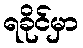
ရခိုင်မှာ